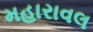
મહારાવલ